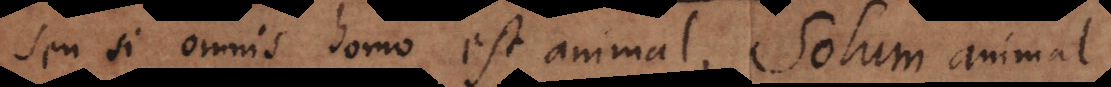
seu si omnis homo est animal, solum animal